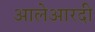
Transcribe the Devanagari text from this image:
आलेआरदी